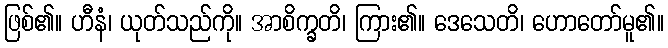
ဖြစ်၏။ ဟီနံ၊ ယုတ်သည်ကို။ အာစိက္ခတိ၊ ကြား၏။ ဒေသေတိ၊ ဟောတော်မူ၏။